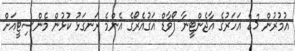
އުމުރުން 23 އަހަރުގެ އާޖެންޓީނާ ފޯވާޑް އަގުއެރޯގެ އެންމެ ރަނގަޅު ކުޅުން މެންސިޓީއަށް